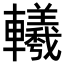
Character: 𨏢